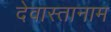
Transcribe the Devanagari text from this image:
देवास्तानाम